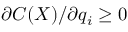
\partial { \cal C } ( X ) / \partial q _ { i } \geq 0